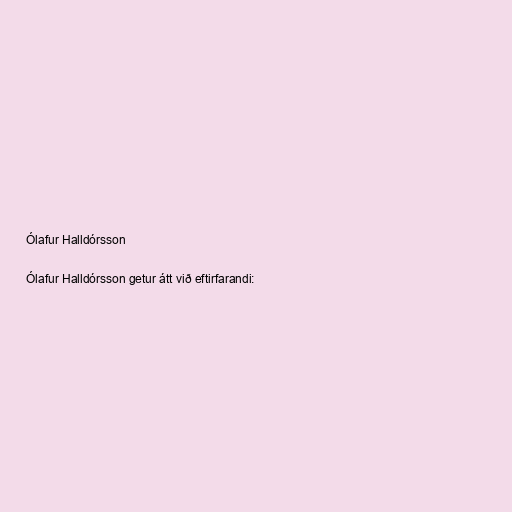
Ólafur Halldórsson

Ólafur Halldórsson getur átt við eftirfarandi: